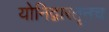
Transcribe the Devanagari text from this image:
योनिद्वारतूनच